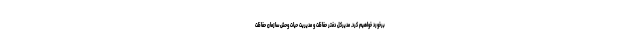
برخورد خواهیم کرد. مدیرکل دفتر حفاظت و مدیریت حیات وحش سازمان حفاظت